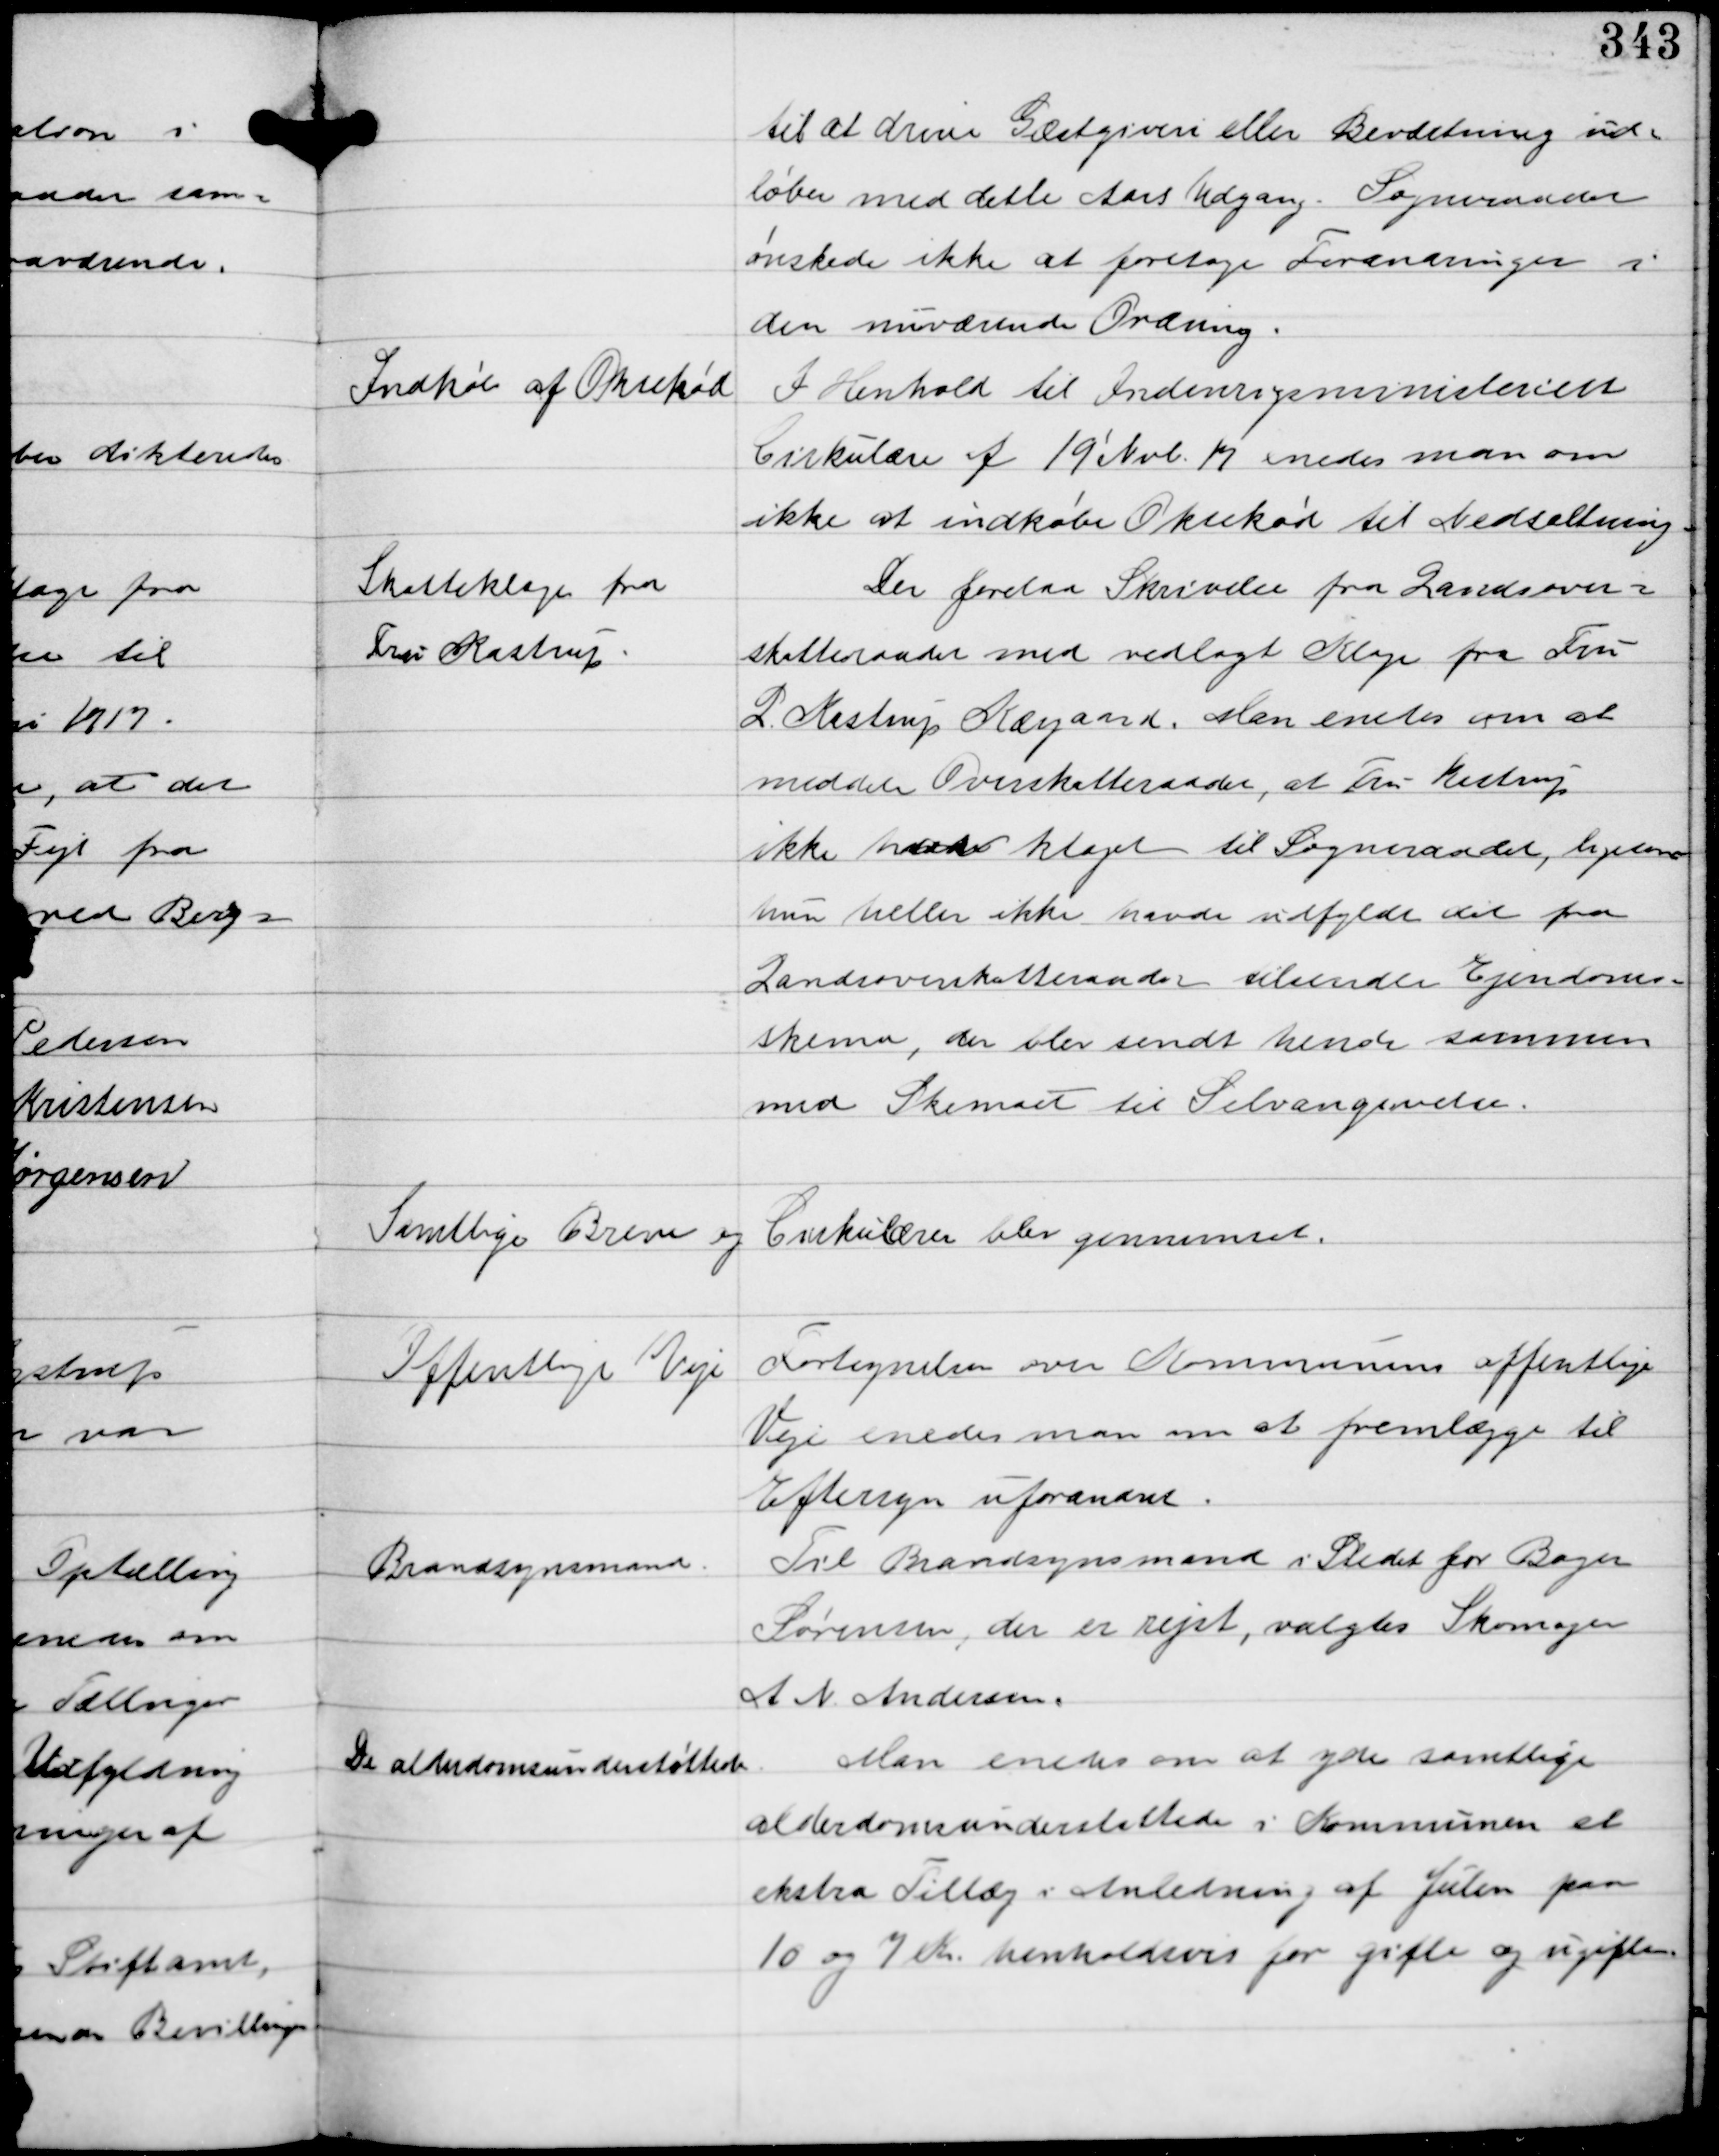
Transskription:
til at drive Gæstgiveri eller Beværtning ud-
løber med dette Aars Udgang. Sogneraadet
ønskede ikke at foretage Forandringer i
den nuværende Ordning.

Indkøb af Oksekød

I Henhold til Indenrigsministeriets
Cirkulære af 19' Nvb. 17 enedes man om
ikke at indkøbe Oksekød til Nedsaltning.

Skatteklage fra
Fru Kastrup

Der forelaa Skrivelse fra Landsover-
skatteraadet med vedlagt Klage fra Fru
L. Kastrup Kærgaard. Man enedes om at
meddele Overskatteraadet, at Fru Kastrup
ikke havde klaget til Sogneraadet, ligesom
hun heller ikke havde udfyldt det fra
Landsoverskatteraadet tilsendte Ejendoms-
skema, der blev sendt hende sammen
med Skemaet til Selvangivelse.

Samtlige Breve og Cirkulærer blev gennemset.

Offentlige Veje

Fortegnelsen over Kommunens offentlige
Veje enedes man om at fremlægge til
Eftersyn uforandret.

Brandsynsmand

Til Brandsynsmand i Stedet for Bager
Sørensen, der er rejst, valgtes Skomager
A N. Andersen.

De alderdomsunderstøttede

Man enedes om at yde samtlige
alderdomsunderstøttede i Kommunen et
ekstra Tillæg i Anledning af Julen paa
på 10 og 7 Kr. henholdsvis for gifte og ugifte.